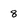
Character: 8